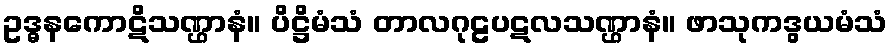
ဥဒ္ဓနကောဋိသဏ္ဌာနံ။ ပိဋ္ဌိမံသံ တာလဂုဠပဋလသဏ္ဌာနံ။ ဖာသုကဒွယမံသံ